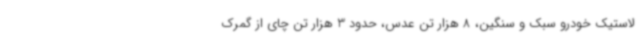
لاستیک خودرو سبک و سنگین، 8 هزار تن عدس، حدود 3 هزار تن چای از گمرک